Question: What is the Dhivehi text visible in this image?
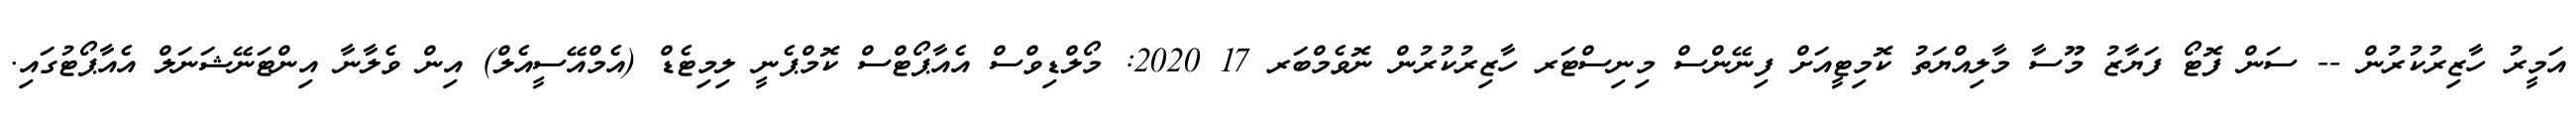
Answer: އަމީރު ހާޒިރުކުރުން -- ސަން ފޮޓޯ ފަޔާޒު މޫސާ މާލިއްޔަތު ކޮމިޓީއަށް ފިނޭންސް މިނިސްޓަރ ހާޒިރުކުރުން ނޮވެމްބަރ 17 2020: މޯލްޑިވްސް އެއާޕޯޓްސް ކޮމްޕެނީ ލިމިޓެޑް (އެމްއޭސީއެލް) އިން ވެލާނާ އިންޓަނޭޝަނަލް އެއާޕޯޓުގައި.